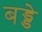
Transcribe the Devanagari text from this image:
बड्डे